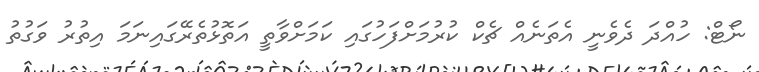
ނޯޓް: ހުއްދަ ދެވެނީ އެތަނެއް ޗެކް ކުރުމަށްފަހުގައި ކަމަށްވާތީ އަތޮޅުތެރޭގައިނަމަ އިތުރު ވަގުތު